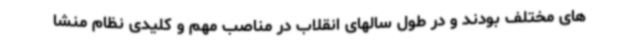
های مختلف بودند و در طول سالهای انقلاب در مناصب مهم و کلیدی نظام منشا